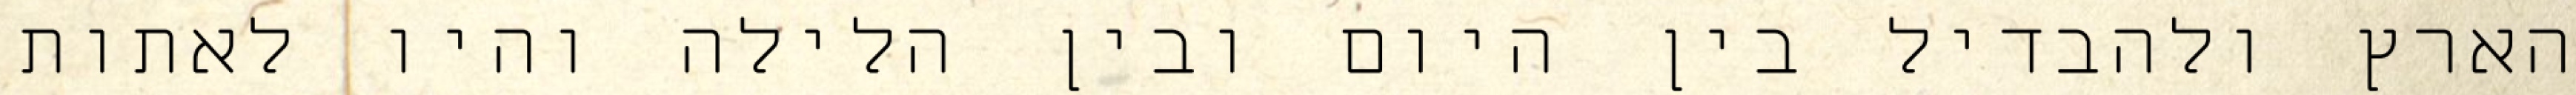
הארץ ולהבדיל בין היום ובין הלילה והיו לאתות